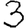
Digit: 3